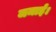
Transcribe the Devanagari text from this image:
जमाई।